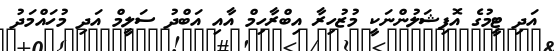
އަދި ޓީމުގެ އޮފިޝަލުންނަކީ މުޒުހިރާ އިބްރާހިމް އާއި އަބްދު ސަލީމް އަދި މުހައްމަދު